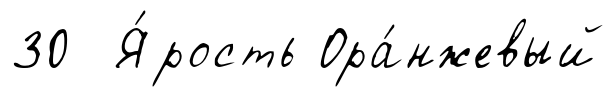
30 Я́рость Ора́нжевый